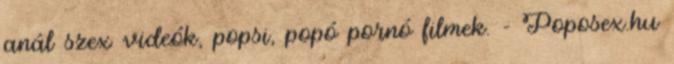
anál szex videók, popsi, popó pornó filmek. - Poposex.hu